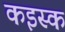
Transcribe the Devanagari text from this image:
कइस्क